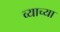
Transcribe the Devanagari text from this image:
व्याच्या